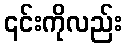
၎င်းကိုလည်း